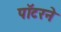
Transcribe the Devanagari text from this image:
पॉटरने